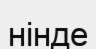
нінде